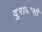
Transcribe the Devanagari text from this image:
दुरावासो